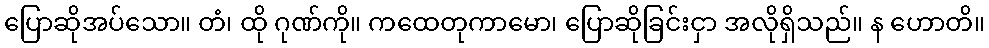
ပြောဆိုအပ်သော။ တံ၊ ထို ဂုဏ်ကို။ ကထေတုကာမော၊ ပြောဆိုခြင်းငှာ အလိုရှိသည်။ န ဟောတိ။